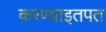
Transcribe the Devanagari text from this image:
करण्याइतपत